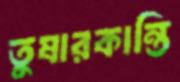
তুষারকান্তি